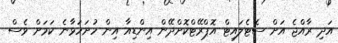
އަދި ރާއްޖެ އަށް ސެޓެލައިޓް އޮޕްރޭޓްކޮށްދޭން އިންޑިއާ އިން ހުށަހަޅާނެ ކަމަށް ވެސް